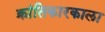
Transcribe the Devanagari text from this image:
क्रांतिकारकाला